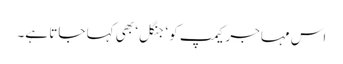
اس مہاجر کیمپ کو ‘جنگل‘ بھی کہا جاتا ہے۔